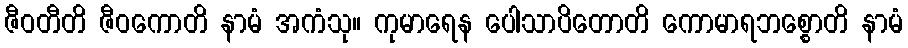
ဇီဝတီတိ ဇီဝကောတိ နာမံ အကံသု။ ကုမာရေန ပေါသာပိတောတိ ကောမာရဘစ္စောတိ နာမံ